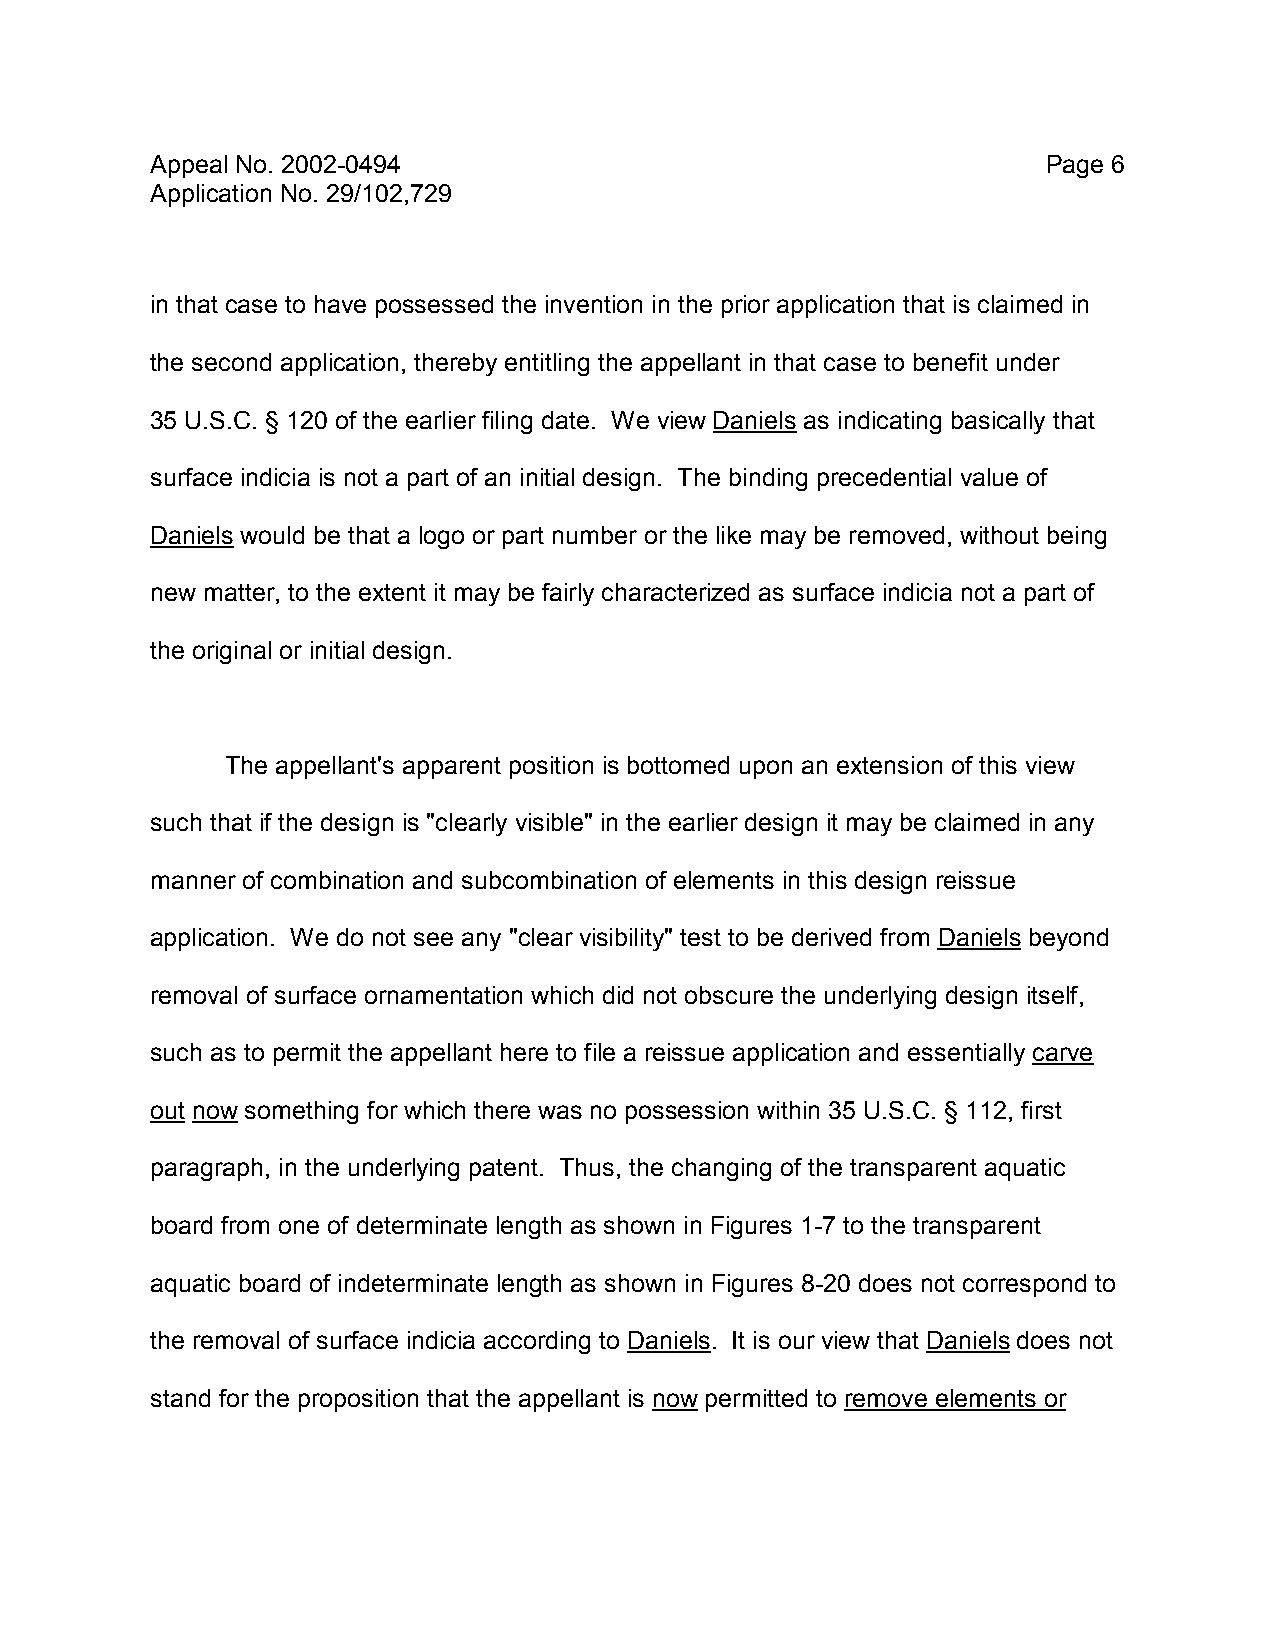
Appeal No. 2002-0494                                       Page 6
 Application No. 29/102,729
 in that case to have possessed the invention in the prior application that is claimed in
 the second application, thereby entitling the appellant in that case to benefit under
 35 U.S.C. § 120 of the earlier filing date. We view Daniels as indicating basically that
 surface indicia is not a part of an initial design. The binding precedential value of
 Daniels would be that a logo or part number or the like may be removed, without being
 new matter, to the extent it may be fairly characterized as surface indicia not a part of
 the original or initial design.
 The appellant's apparent position is bottomed upon an extension of this view
 such that if the design is "clearly visible" in the earlier design it may be claimed in any
 manner of combination and subcombination of elements in this design reissue
 application. We do not see any "clear visibility" test to be derived from Daniels beyond
 removal of surface ornamentation which did not obscure the underlying design itself,
 such as to permit the appellant here to file a reissue application and essentially carve
 out now something for which there was no possession within 35 U.S.C. § 112, first
 paragraph, in the underlying patent. Thus, the changing of the transparent aquatic
 board from one of determinate length as shown in Figures 1-7 to the transparent
 aquatic board of indeterminate length as shown in Figures 8-20 does not correspond to
 the removal of surface indicia according to Daniels. It is our view that Daniels does not
 stand for the proposition that the appellant is now permitted to remove elements or